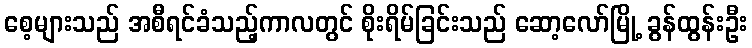
စေ့များသည် အစီရင်ခံသည့်ကာလတွင် စိုးရိမ်ခြင်းသည် ဆော့လော်မြို့ ခွန်ထွန်းဦး